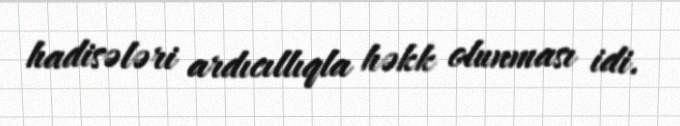
hadisələri ardıcıllıqla həkk olunması idi.